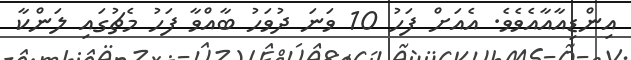
އިންޑިއާއާއެވެވެ. އެއަށް ފަހު 10 ވަނަ ދުވަހު ބާއްވާ ފަހު މެޗުގައި ލަންކާ